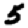
Digit: 5